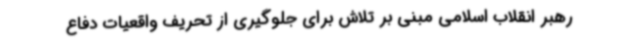
رهبر انقلاب اسلامی مبنی بر تلاش برای جلوگیری از تحریف واقعیات دفاع